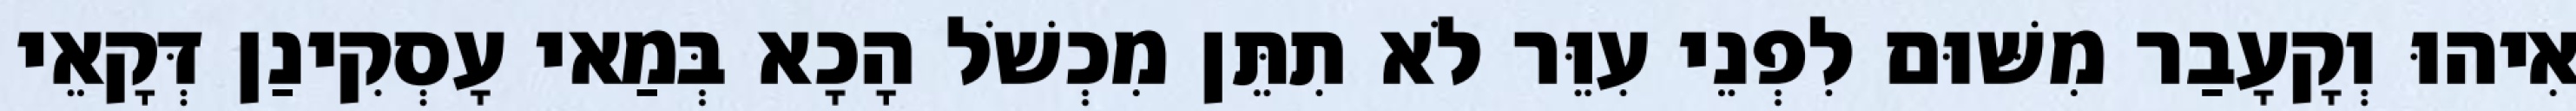
אִיהוּ וְקָעָבַר מִשּׁוּם לִפְנֵי עִוֵּר לֹא תִתֵּן מִכְשֹׁל הָכָא בְּמַאי עָסְקִינַן דְּקָאֵי